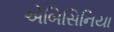
એબિસિનિયા